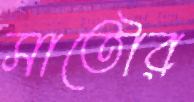
সাতৌর